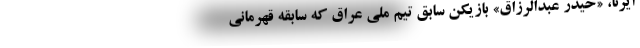
ایرنا، «حیدر عبدالرزاق» بازیکن سابق تیم ملی عراق که سابقه قهرمانی